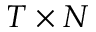
T \times N